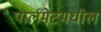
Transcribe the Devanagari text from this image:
पार्लमेटमधील